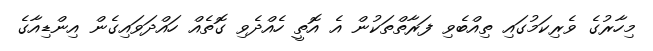
މިހާރުގެ ވެރިކަމުގައި ތިއްބެވި ފަރާތްތަކުން އެ އޮތީ ހެއްދެވި ގޮތެއް ހައްދަވައިގެން އިންޑިއާގެ